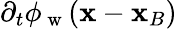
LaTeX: \partial_{t}\phi_{\mathrm{~w~}}(\mathbf{x}-\mathbf{x}_{B})